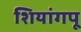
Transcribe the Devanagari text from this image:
शियांगपू